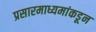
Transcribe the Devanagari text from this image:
प्रसारमाध्यमांकडून